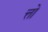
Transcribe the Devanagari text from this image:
त्तो